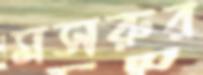
মসরুর